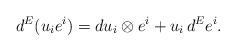
LaTeX: \begin{align*} d^E(u_i e^i) = d u_i \otimes e^i + u_i\,d^E e^i. \end{align*}